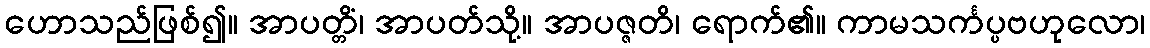
ဟောသည်ဖြစ်၍။ အာပတ္တိံ၊ အာပတ်သို့။ အာပဇ္ဇတိ၊ ရောက်၏။ ကာမသင်္ကပ္ပဗဟုလော၊